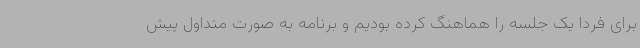
برای فردا یک جلسه را هماهنگ کرده بودیم و برنامه به صورت متداول پیش